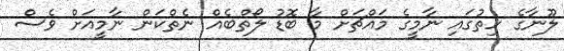
ލޫނާގެ ހިތުގައި ނާމީގެ މައްޗަށް މާ ބޮޑު ލޯތްބެއް ނެތްކަން ނާމީއަށް ވެސް